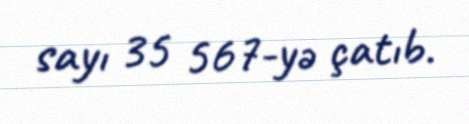
sayı 35 567-yə çatıb.